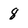
Character: 8